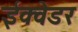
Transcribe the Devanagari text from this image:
ईक्वेडर